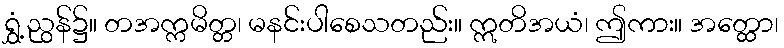
ရွှံ့ညွန်၌။ တအက္ကမိတ္တ၊ မနင်းပါစေသတည်း။ ဣတိအယံ၊ ဤကား။ အတ္ထော၊